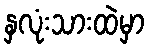
နှလုံးသားထဲမှာ